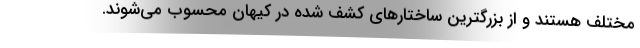
مختلف هستند و از بزرگترین ساختارهای کشف شده در کیهان محسوب می‌شوند.